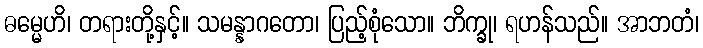
ဓမ္မေဟိ၊ တရားတို့နှင့်။ သမန္နာဂတော၊ ပြည့်စုံသော။ ဘိက္ခု၊ ရဟန်သည်။ အာဘတံ၊